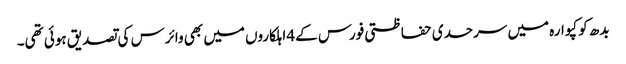
بدھ کو کپوارہ میں سرحدی حفاظتی فورس کے 4اہلکاروں میں بھی وائرس کی تصدیق ہوئی تھی۔